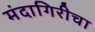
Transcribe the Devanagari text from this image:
मंदागिरीचा